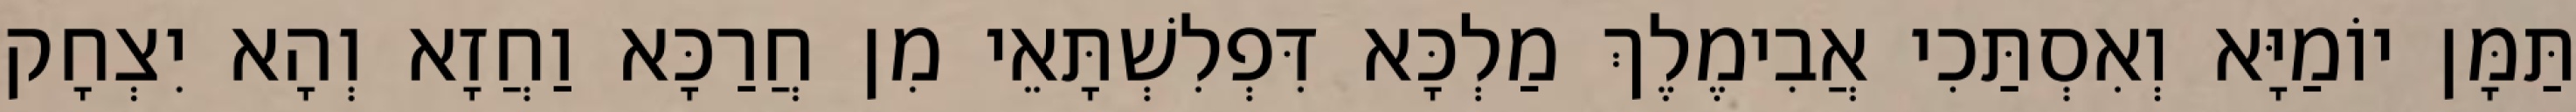
תַּמָּן יוֹמַיָּא וְאִסְתַּכִי אֲבִימֶלֶךְ מַלְכָּא דִּפְלִשְׁתָּאֵי מִן חֲרַכָּא וַחֲזָא וְהָא יִצְחָק